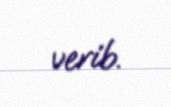
verib.